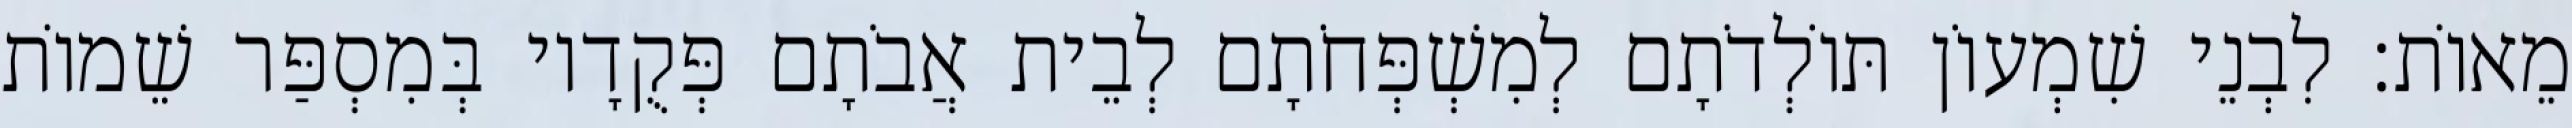
מֵאוֹת׃ לִבְנֵי שִׁמְעוֹן תּוֹלְדֹתָם לְמִשְׁפְּחֹתָם לְבֵית אֲבֹתָם פְּקֻדָיו בְּמִסְפַּר שֵׁמוֹת